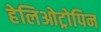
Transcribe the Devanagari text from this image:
हेलिओट्रोपिन